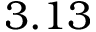
3 . 1 3